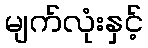
မျက်လုံးနှင့်